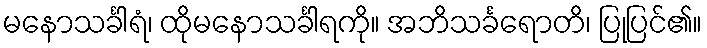
မနောသင်္ခါရံ၊ ထိုမနောသင်္ခါရကို။ အဘိသင်္ခရောတိ၊ ပြုပြင်၏။